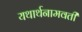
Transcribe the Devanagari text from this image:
यथार्थनामवती